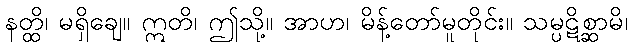
နတ္ထိ၊ မရှိချေ။ ဣတိ၊ ဤသို့။ အာဟ၊ မိန့်တော်မူတိုင်း။ သမ္ပဋိစ္ဆာမိ၊